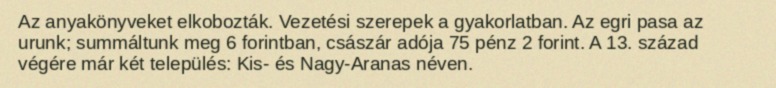
Az anyakönyveket elkobozták. Vezetési szerepek a gyakorlatban. Az egri pasa az urunk; summáltunk meg 6 forintban, császár adója 75 pénz 2 forint. A 13. század végére már két település: Kis- és Nagy-Aranas néven.